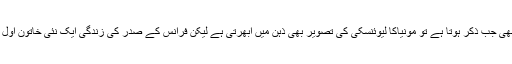
امریکی صدر بل کلنٹن کا آج بھی جب ذکر ہوتا ہے تو مونیاکا لیوئنسکی کی تصویر بھی ذہن میں ابھرتی ہے لیکن فرانس کے صدر کی زندگی ایک نئی خاتون اول کے ساتھ پھر رواں دواں ہے!